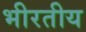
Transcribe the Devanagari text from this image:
भीरतीय